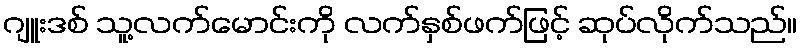
ဂျူးဒစ် သူ့လက်မောင်းကို လက်နှစ်ဖက်ဖြင့် ဆုပ်လိုက်သည်။